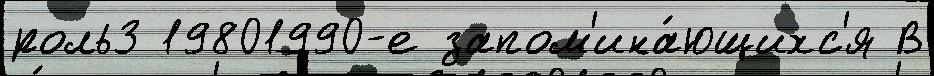
роль3 19801990-е запом'ина́ющихс'я В